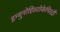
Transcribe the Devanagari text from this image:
इम्युनोहिस्टोकेमिस्ट्री